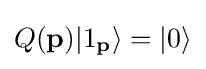
Q(\mathbf {p} )|1_{\mathbf {p} }\rangle =|0\rangle